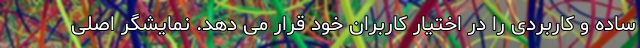
ساده و کاربردی را در اختیار کاربران خود قرار می دهد. نمایشگر اصلی